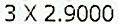
3 X 2.9000